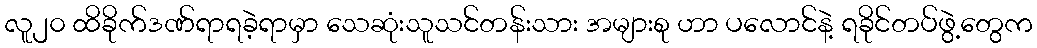
လူ၂၀ ထိခိုက်ဒဏ်ရာရခဲ့ရာမှာ သေဆုံးသူသင်တန်းသား အများစု ဟာ ပလောင်နဲ့ ရခိုင်တပ်ဖွဲ့တွေက